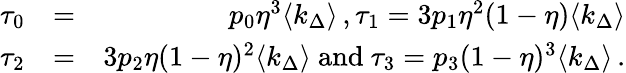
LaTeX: \begin{array}{rlr}{\tau_{0}}&{=}&{p_{0}\eta^{3}\langle k_{\Delta}\rangle\, ,\tau_{1}=3p_{1}\eta^{2}(1-\eta)\langle k_{\Delta}\rangle}\\ {\tau_{2}}&{=}&{3p_{2}\eta(1-\eta)^{2}\langle k_{\Delta}\rangle\mathrm{~and~}\tau_{3}=p_{3}(1-\eta)^{3}\langle k_{\Delta}\rangle\, .}\end{array}